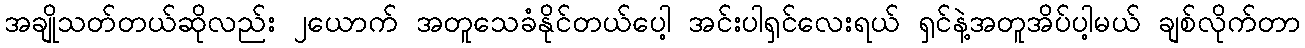
အချိုသတ်တယ်ဆိုလည်း ၂ယောက် အတူသေခံနိုင်တယ်ပေါ့ အင်းပါရှင်လေးရယ် ရှင်နဲ့အတူအိပ်ပါ့မယ် ချစ်လိုက်တာ